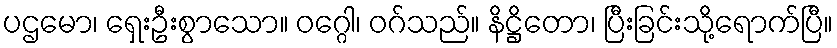
ပဌမော၊ ရှေးဦးစွာသော။ ဝဂ္ဂေါ၊ ဝဂ်သည်။ နိဋ္ဌိတော၊ ပြီးခြင်းသို့ရောက်ပြီ။